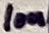
Text: 10n